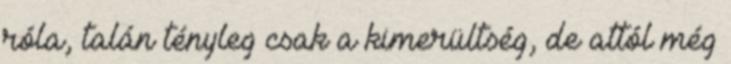
róla, talán tényleg csak a kimerültség, de attól még